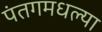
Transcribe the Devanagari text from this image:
पंतगमधल्या